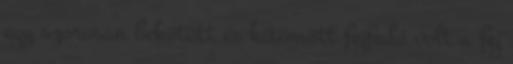
egy szorosan bekötött és kitömött fejfedő volt a fej